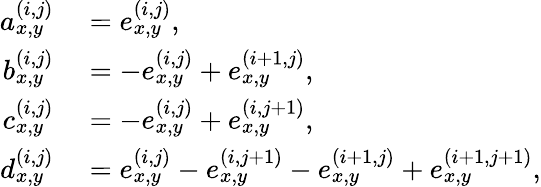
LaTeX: \begin{array}{rl}{a_{x,y}^{(i,j)}}&{{}=e_{x,y}^{(i,j)},}\\ {b_{x,y}^{(i,j)}}&{{}=-e_{x,y}^{(i,j)}+e_{x,y}^{(i+1,j)},}\\ {c_{x,y}^{(i,j)}}&{{}=-e_{x,y}^{(i,j)}+e_{x,y}^{(i,j+1)},}\\ {d_{x,y}^{(i,j)}}&{{}=e_{x,y}^{(i,j)}-e_{x,y}^{(i,j+1)}-e_{x,y}^{(i+1,j)}+e_{x,y}^{(i+1,j+1)},}\end{array}